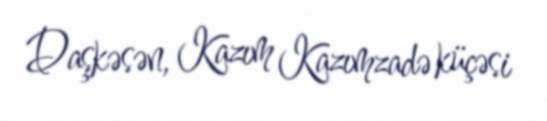
Daşkəsən, Kazım Kazımzadə küçəsi